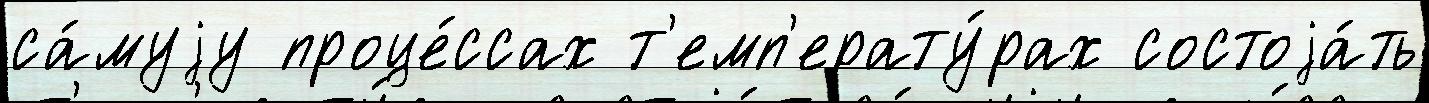
са́муjу проце́ссах т'емп'ерату́рах состоjа́ть